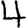
Digit: 4